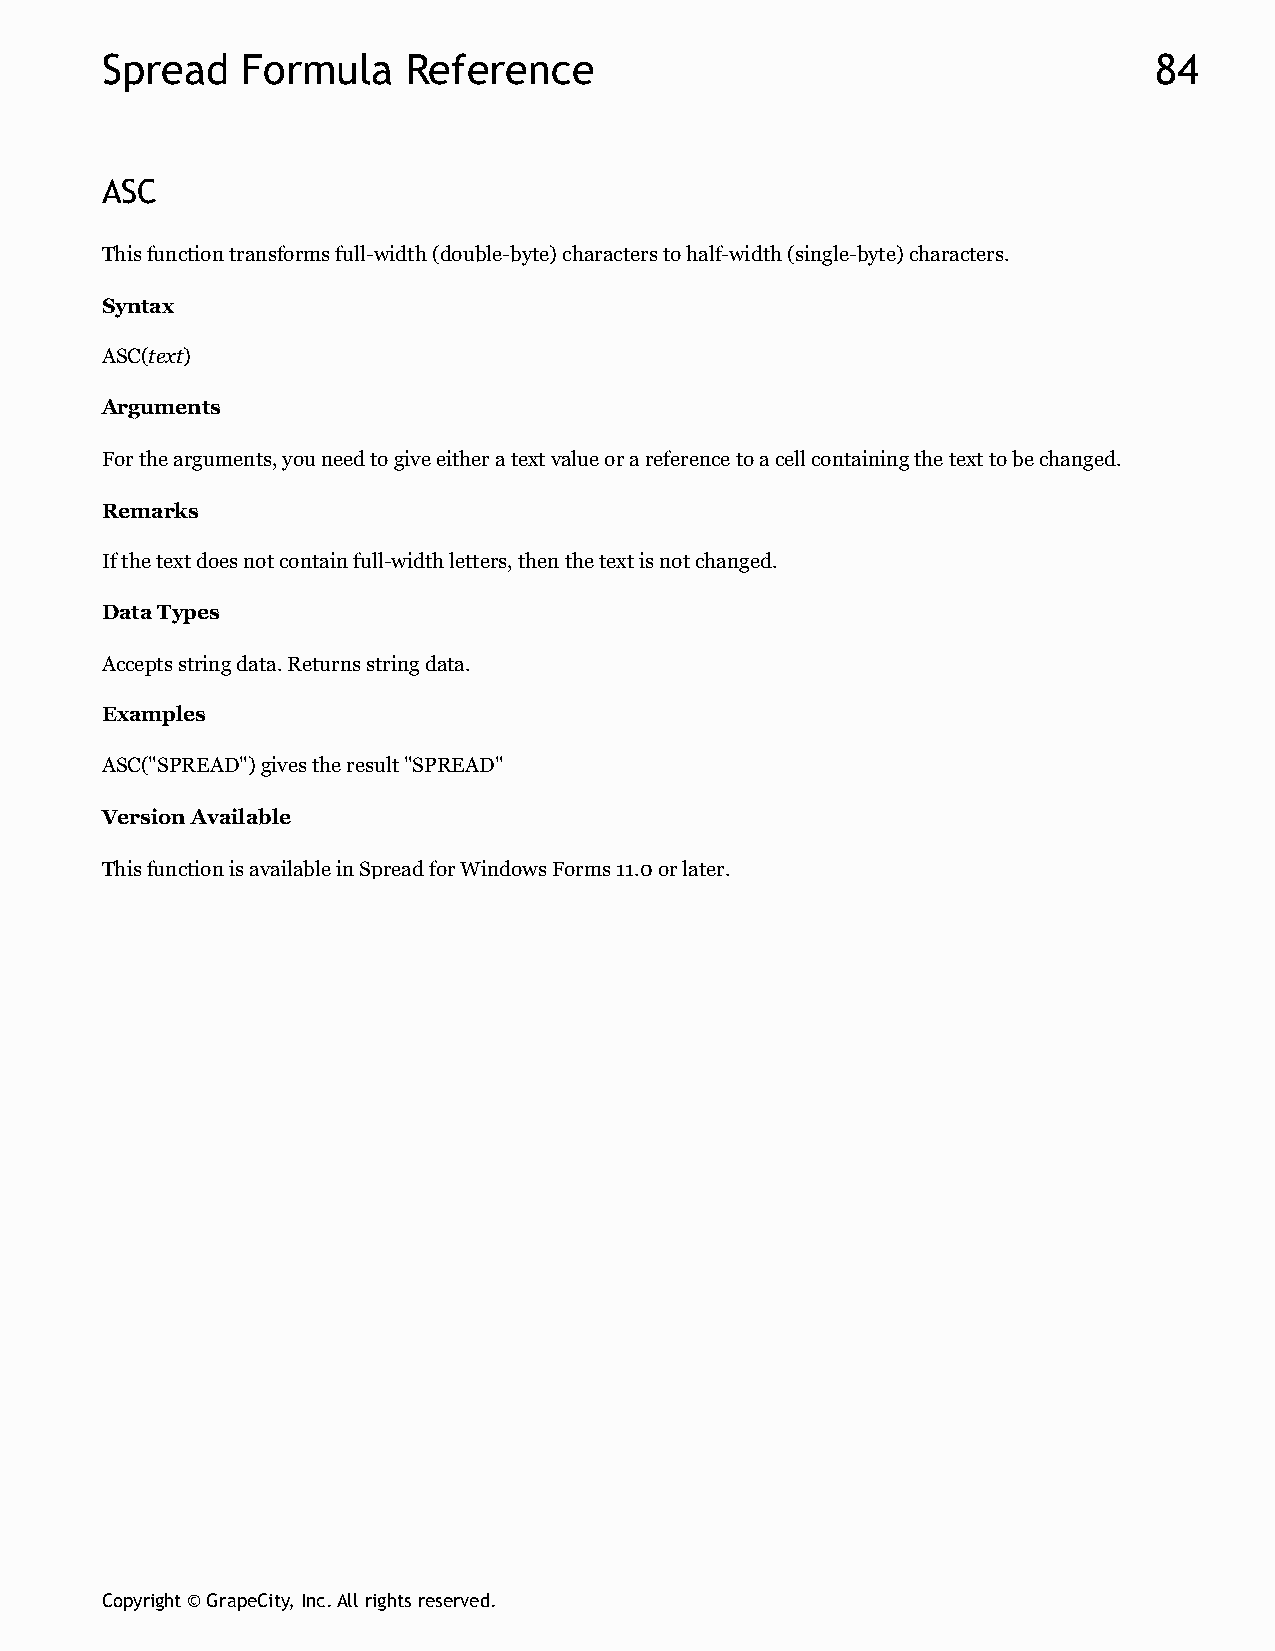
Spread   Formula    Reference                                        84
 ASC
 This function transforms full-width (double-byte) characters to half-width (single-byte) characters.
 Syntax
 ASC(text)
 Arguments
 For the arguments, you need to give either a text value or a reference to a cell containing the text to be changed.
 Remarks
 If the text does not contain full-width letters, then the text is not changed.
 Data Types
 Accepts string data. Returns string data.
 Examples
 ASC("SPREAD") gives the result "SPREAD"
 Version Available
 This function is available in Spread for Windows Forms 11.0 or later.
 Copyright © GrapeCity, Inc. All rights reserved.